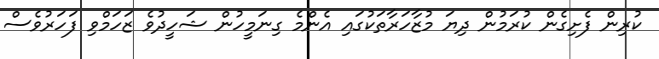
ކުރިން ފެށިގެން ކުރަމުން ދިޔަ މުޒާހަރާތަކުގައި އެންމެ ގިނަމީހުން ޝަހީދުވެ ޒަހަމްވި ފަހަރުވެސް